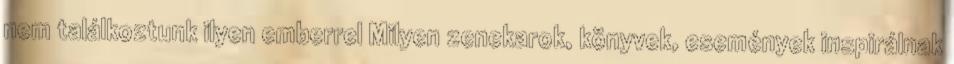
nem találkoztunk ilyen emberrel Milyen zenekarok, könyvek, események inspirálnak